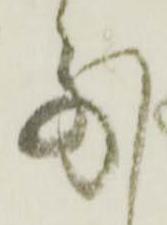
前